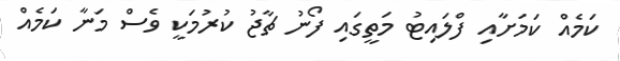
ކަމެއް ކަމަށާއި ފްލައިޓު މަތީގައި ފޯނު ޗާޖު ކުރުމަކީ ވެސް މަނާ ކަމެއް